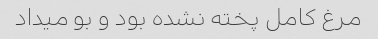
مرغ کامل پخته نشده بود و بو میداد